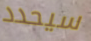
سيحدد